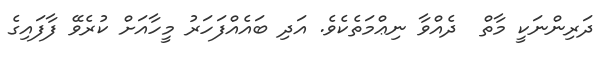
ދަރިންނަކީ މާތް  ދެއްވާ ނިޢްމަތެކެވެ. އަދި ބައެއްފަހަރު މީހާއަށް ކުރެވޭ ފާފައިގެ